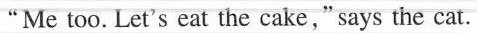
"Me too. Let's eat the cake,"says the cat.